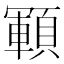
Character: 顐